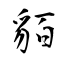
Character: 貊